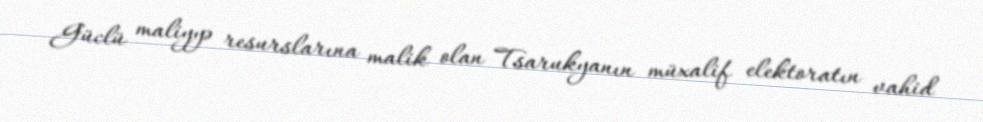
Güclü maliyyə resurslarına malik olan Tsarukyanın müxalif elektoratın vahid